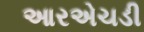
આરએચડી